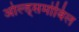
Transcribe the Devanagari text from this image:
ओल्ड्समोबिल